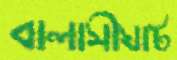
বালাসীঘাট